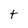
Character: t